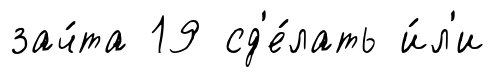
зач́та 19 сд'е́лать и́л'и